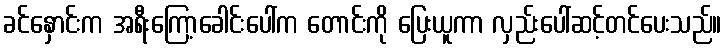
ခင်နှောင်းက အရီးကြော့ခေါင်းပေါ်က တောင်းကို ပြေးယူကာ လှည်းပေါ်ဆင့်တင်ပေးသည်။